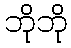
ဘိုဘို